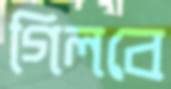
গিলবে